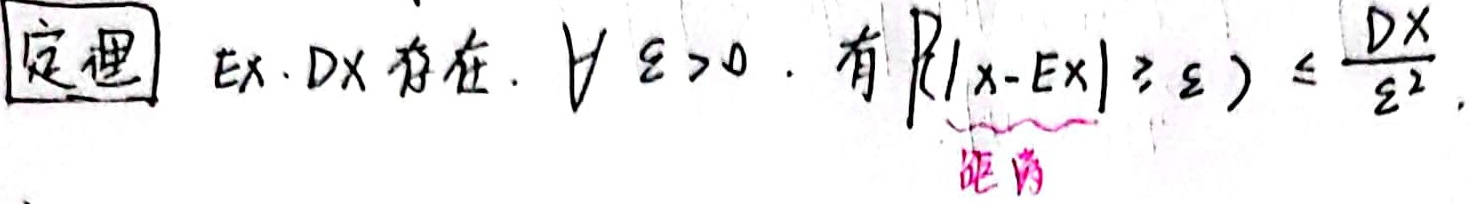
定理：$EX,DX$ 存在，$\forall\varepsilon>0$，有$P\{|X - EX|\geq\varepsilon\}\leq\frac{DX}{\varepsilon^2}$.

\[
\begin{matrix}
& & & \underbrace{}_{\text{证明}}
\end{matrix}
\]